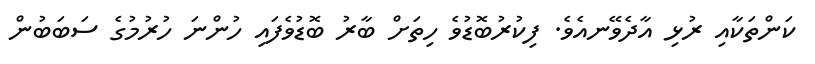
ކަންތަކާއި ރުޅި އާދެވޭނއެވެ. ފިކުރުބޮޑުވެ ހިތަށް ބާރު ބޮޑުވެފައި ހުންނަ ހުރުމުގެ ސަބަބުން